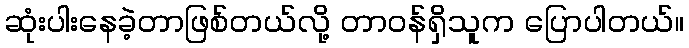
ဆုံးပါးနေခဲ့တာဖြစ်တယ်လို့ တာဝန်ရှိသူက ပြောပါတယ်။